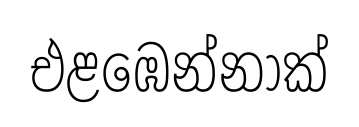
එළඹෙන්නාක්